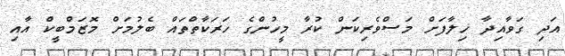
އަދި ގަވާއިދާ ޚިލާފަށް މަސްވެރިކަން ކުރާ މީހުންގެ ހަރަކާތްތައް ބެލުމަށް މޮޒަމްބީކް އާއި